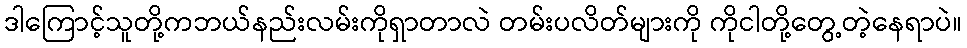
ဒါကြောင့်သူတို့ကဘယ်နည်းလမ်းကိုရှာတာလဲ တမ်းပလိတ်များကို ကိုငါတို့တွေ့တဲ့နေရာပဲ။